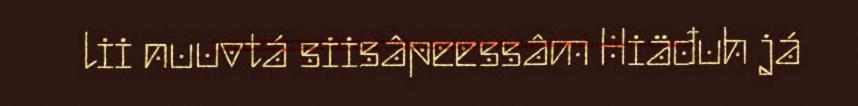
lii nuuvtá siisâpeessâm Hiäđuh já